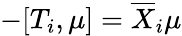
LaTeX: -[T_{i},\mu]=\overline{{X}}_{i}\mu